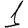
Digit: 1